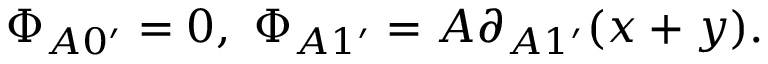
\Phi _ { A 0 ^ { \prime } } = 0 , \ \Phi _ { A 1 ^ { \prime } } = A \partial _ { A 1 ^ { \prime } } ( x + y ) .